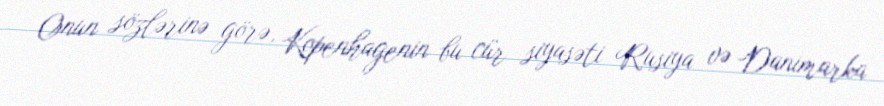
Onun sözlərinə görə, Kopenhagenin bu cür siyasəti Rusiya və Danimarka